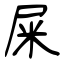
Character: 屎